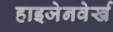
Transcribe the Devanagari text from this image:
हाइजेनवेर्ख